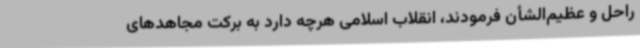
راحل و عظیم‌الشأن فرمودند، انقلاب اسلامی هرچه دارد به برکت مجاهدهای